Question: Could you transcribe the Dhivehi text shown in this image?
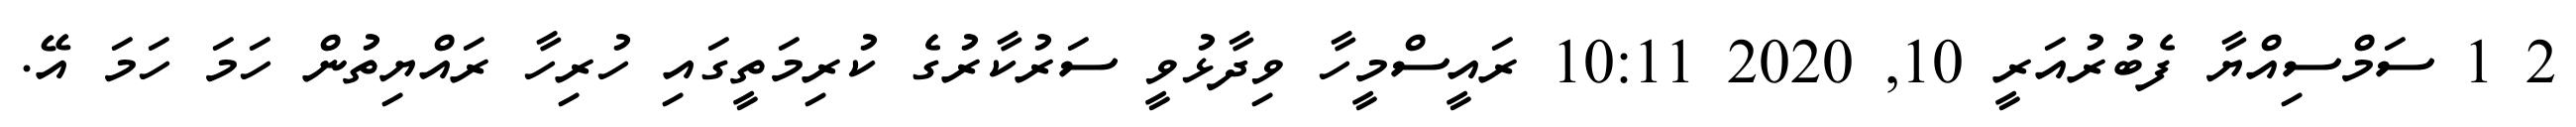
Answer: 2 1 ސަމްސިއްޔާ ފެބުރުއަރީ 10, 2020 10:11 ރައީސްމީހާ ވިދާޅުވީ ސަރުކާރުގެ ކުރިމަތީގައި ހުރިހާ ރައްޔިތުން ހަމަ ހަމަ އޭ.